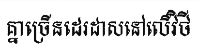
គ្នាច្រើនដេរដាសនៅលើវិថី